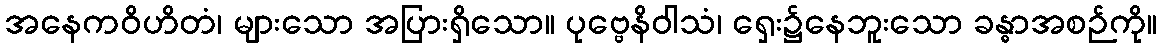
အနေကဝိဟိတံ၊ များသော အပြားရှိသော။ ပုဗ္ဗေနိဝါသံ၊ ရှေး၌နေဘူးသော ခန္ဓာအစဉ်ကို။